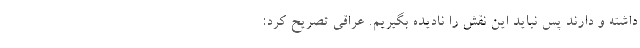
داشته و دارند پس نباید این نقش را نادیده بگیریم. عراقی تصریح کرد: